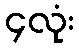
၄လုံး